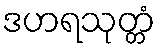
ဒဟရသုတ္တံ